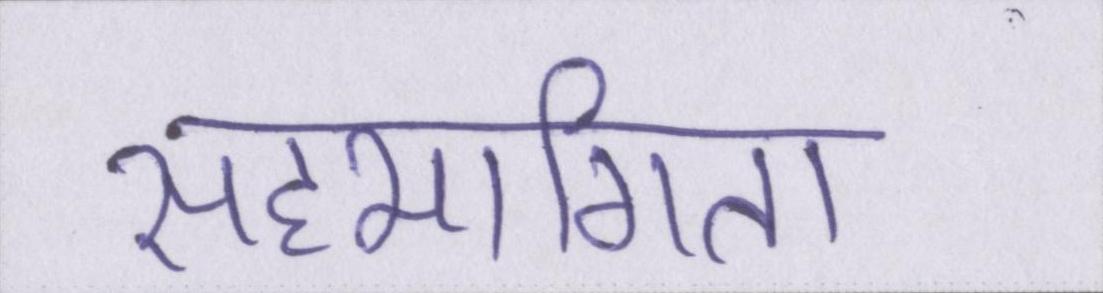
सहभागिता